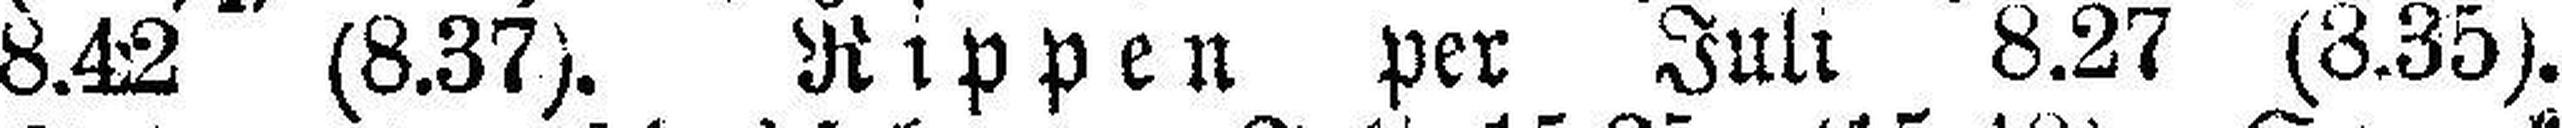
8.42 (8.37). Rippen per Juli 8.27 (8.35).